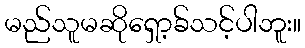
မည်သူမဆိုရှော့ခ်သင့်ပါဘူး။